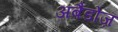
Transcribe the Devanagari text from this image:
अबैडोज़